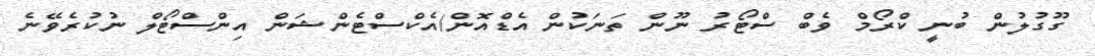
ގޫގުލުން ބުނީ ކްރޯމް ވެބް ސްޓޯރު ނޫން ތަނަކުން އެޑްއޮން/އެކްސްޓެންޝަން އިންސްޓޯލް ނުކުރެވޭނެ